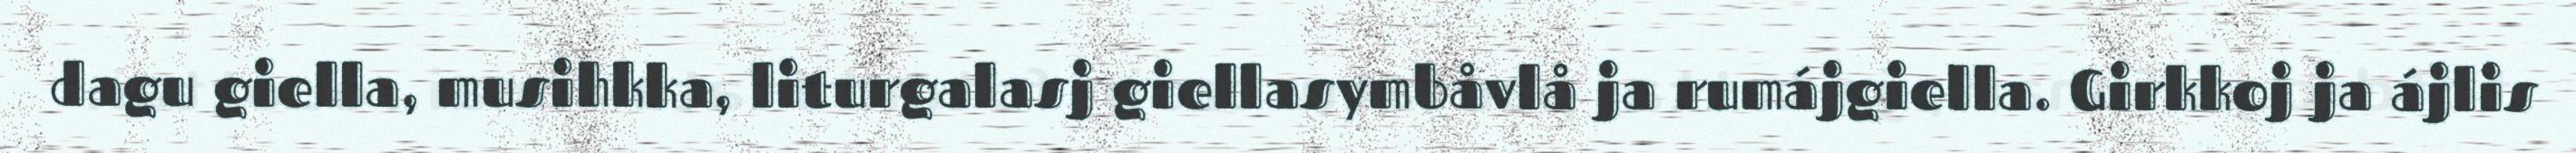
dagu giella, musihkka, liturgalasj giellasymbåvlå ja rumájgiella. Girkkoj ja ájlis